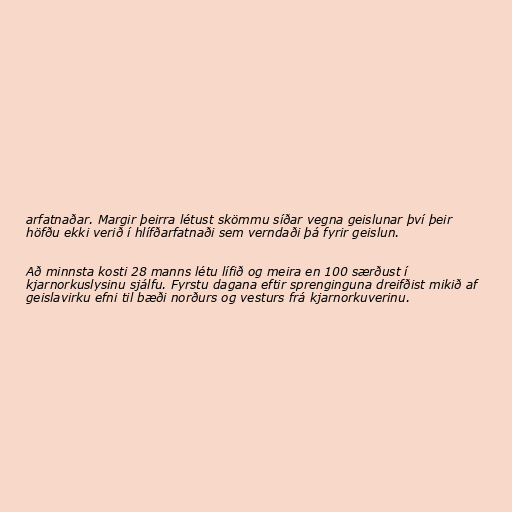
arfatnaðar. Margir þeirra létust skömmu síðar vegna geislunar því þeir
höfðu ekki verið í hlífðarfatnaði sem verndaði þá fyrir geislun.

Að minnsta kosti 28 manns létu lífið og meira en 100 særðust í
kjarnorkuslysinu sjálfu. Fyrstu dagana eftir sprenginguna dreifðist mikið af
geislavirku efni til bæði norðurs og vesturs frá kjarnorkuverinu.